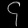
Digit: ၄